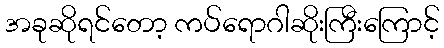
အခုဆိုရင်တော့ ကပ်ရောဂါဆိုးကြီးကြောင့်